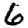
Digit: 6